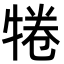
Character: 犈